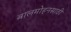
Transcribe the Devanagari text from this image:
बालमोहनसाठी